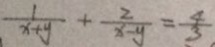
\frac { 1 } { x + y } + \frac { 2 } { x - y } = \frac { 4 } { 3 }